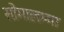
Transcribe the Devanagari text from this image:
सोमालम्मा